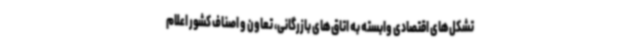
تشکل‌های اقتصادی وابسته به اتاق‌های بازرگانی، تعاون و اصناف کشور اعلام